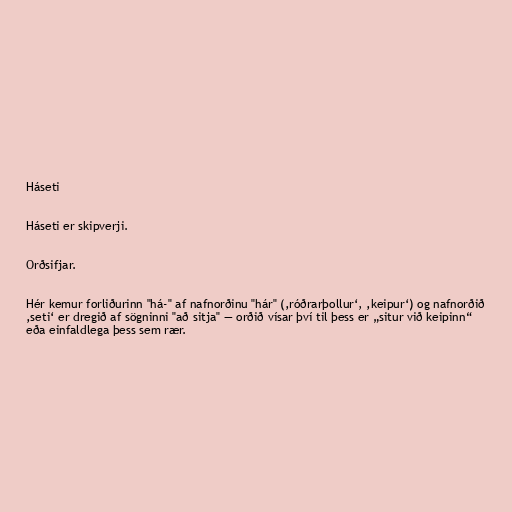
Háseti

Háseti er skipverji.

Orðsifjar.

Hér kemur forliðurinn "há-" af nafnorðinu "hár" (‚róðrarþollur‘, ‚keipur‘) og nafnorðið
‚seti‘ er dregið af sögninni "að sitja" — orðið vísar því til þess er „situr við keipinn“
eða einfaldlega þess sem rær.